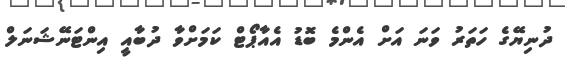
ދުނިޔޭގެ ހަތަރު ވަނަ އަށް އެންމެ ބޮޑު އެއާޕޯޓް ކަމަށްވާ ދުބާއީ އިންޓަނޭޝަނަލް